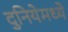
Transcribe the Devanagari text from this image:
दुनियेमध्ये